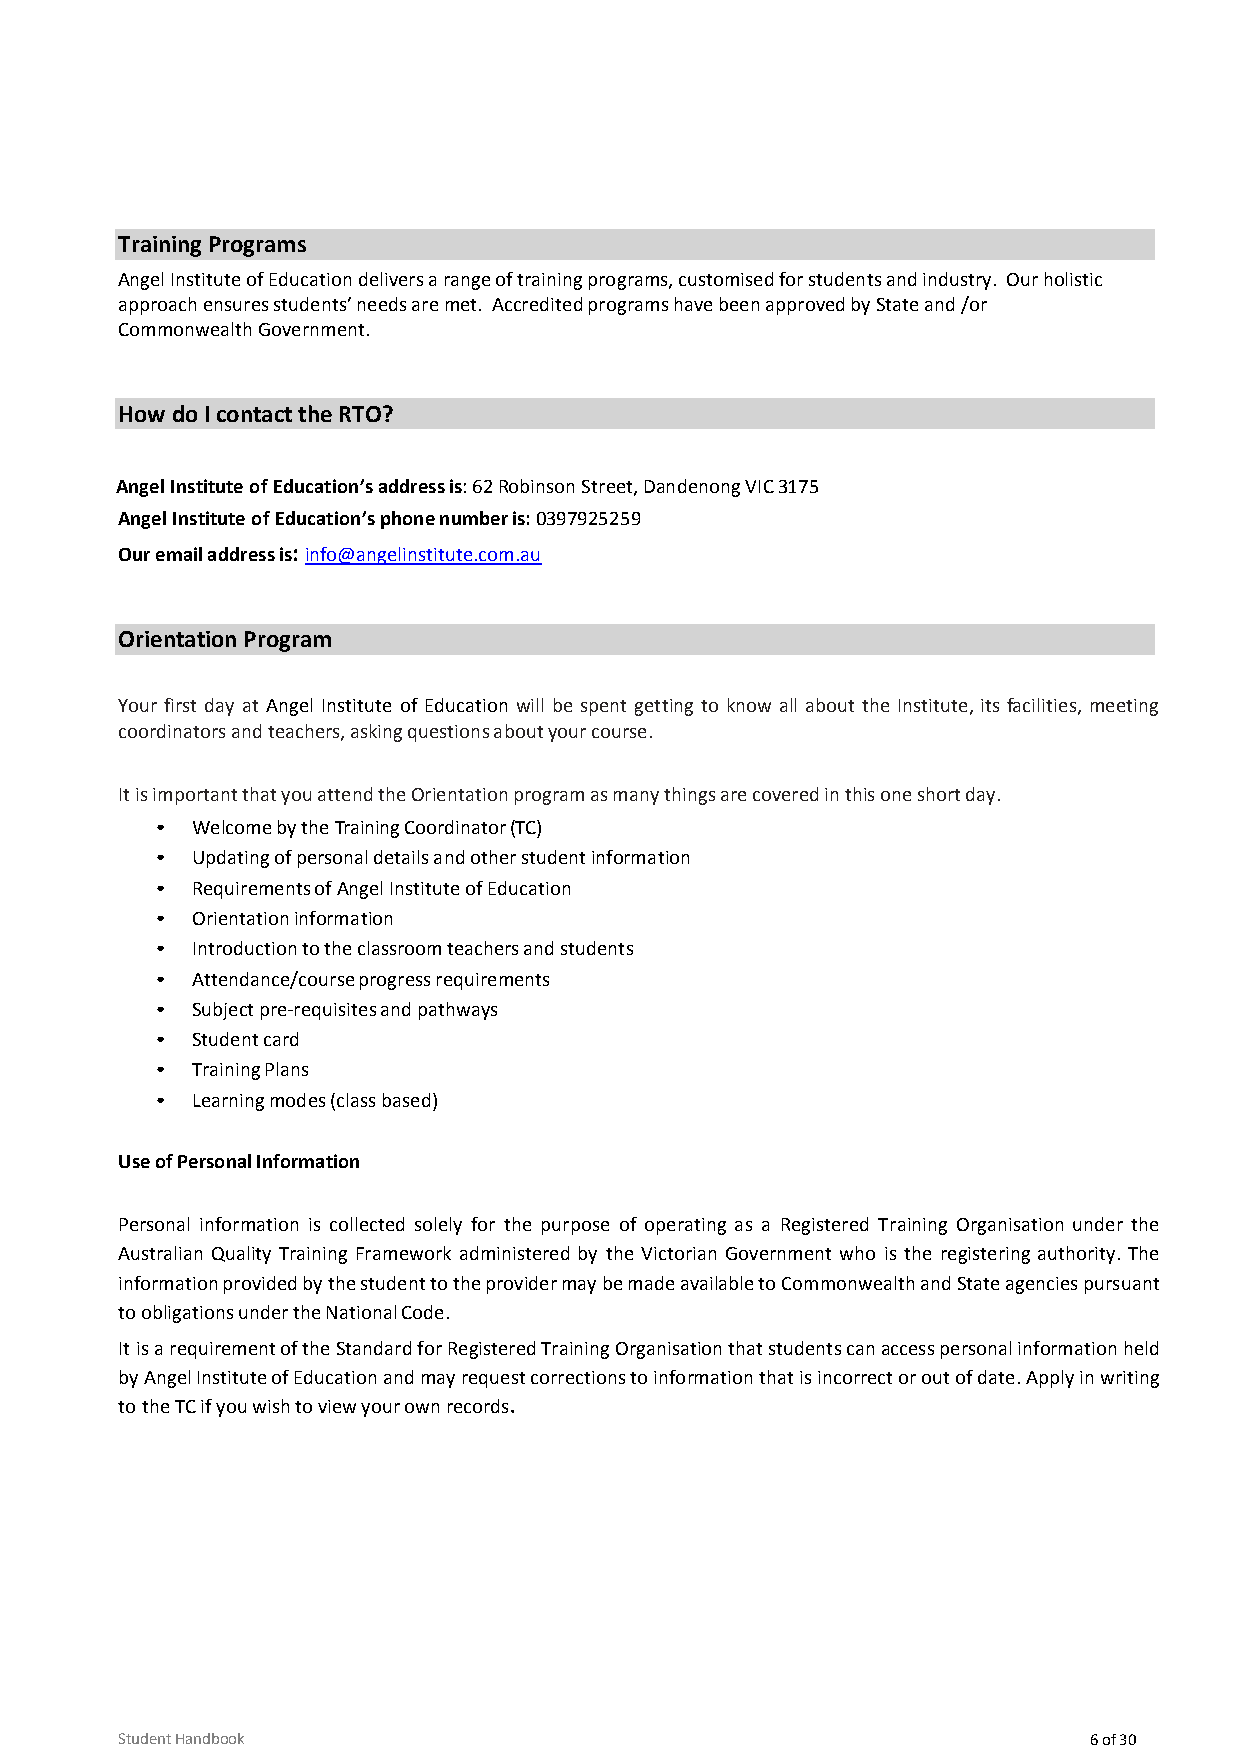
Training Programs
 Angel Institute of Education delivers a range of training programs, customised for students and industry. Our holistic
 approach ensures students’ needs are met. Accredited programs have been approved by State and /or
 Commonwealth Government.
 How do I contact the RTO?
 Angel Institute of Education’s address is: 62 Robinson Street, Dandenong VIC 3175
 Angel Institute of Education’s phone number is: 0397925259
 Our email address is: info@angelinstitute.com.au
 Orientation Program
 Your first day at Angel Institute of Education will be spent getting to know all about the Institute, its facilities, meeting
 coordinators and teachers, asking questions about your course.
 It is important that you attend the Orientation program as many things are covered in this one short day.
 •  Welcome by the Training Coordinator (TC)
 •  Updating of personal details and other student information
 •  Requirements of Angel Institute of Education
 •  Orientation information
 •  Introduction to the classroom teachers and students
 •  Attendance/course progress requirements
 •  Subject pre-requisites and pathways
 •  Student card
 •  Training Plans
 •  Learning modes (class based)
 Use of Personal Information
 Personal information is collected solely for the purpose of operating as a Registered Training Organisation under the
 Australian Quality Training Framework administered by the Victorian Government who is the registering authority. The
 information provided by the student to the provider may be made available to Commonwealth and State agencies pursuant
 to obligations under the National Code.
 It is a requirement of the Standard for Registered Training Organisation that students can access personal information held
 by Angel Institute of Education and may request corrections to information that is incorrect or out of date. Apply in writing
 to the TC if you wish to view your own records.
 Student Handbook                                                6 of 30